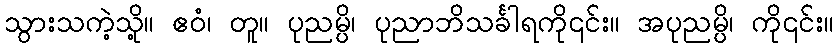
သွားသကဲ့သို့။ ဧဝံ၊ တူ။ ပုညမ္ပိ၊ ပုညာဘိသင်္ခါရကို၎င်း။ အပုညမ္ပိ၊ ကို၎င်း။